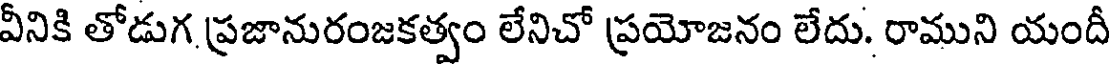
వీనికి తోడుగ ప్రజానురంజకత్వం లేనిచో ప్రయోజనం లేదు. రాముని యందీ